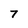
Character: 7